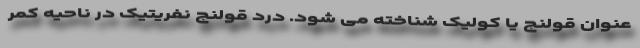
عنوان قولنج یا کولیک شناخته می شود. درد قولنج نفریتیک در ناحیه کمر